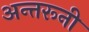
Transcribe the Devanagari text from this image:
अन्तरूनी